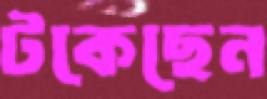
টকেছেন